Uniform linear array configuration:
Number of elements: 4
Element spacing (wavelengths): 0.25
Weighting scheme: kaiser
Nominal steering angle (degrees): -45
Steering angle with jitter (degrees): -44.03
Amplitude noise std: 0.05
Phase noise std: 0.05

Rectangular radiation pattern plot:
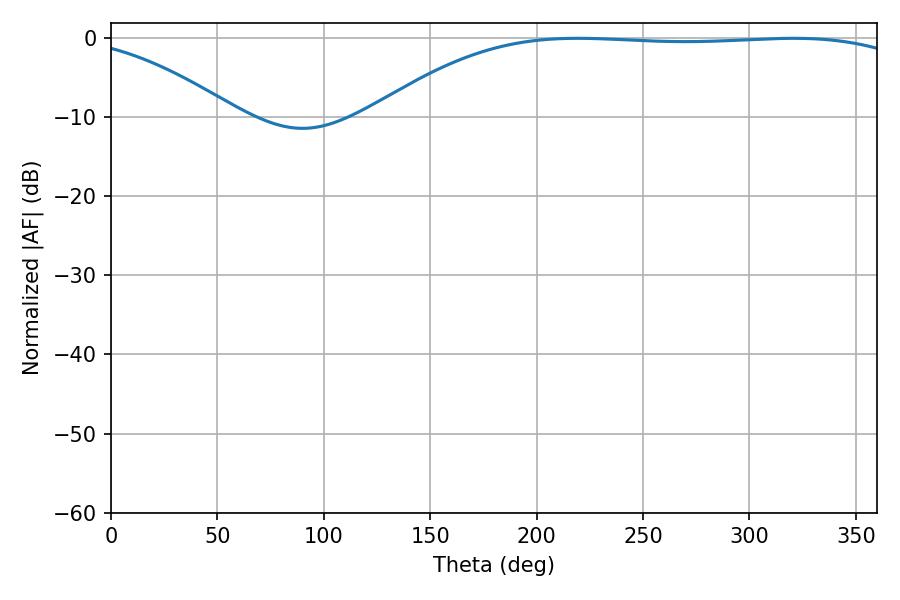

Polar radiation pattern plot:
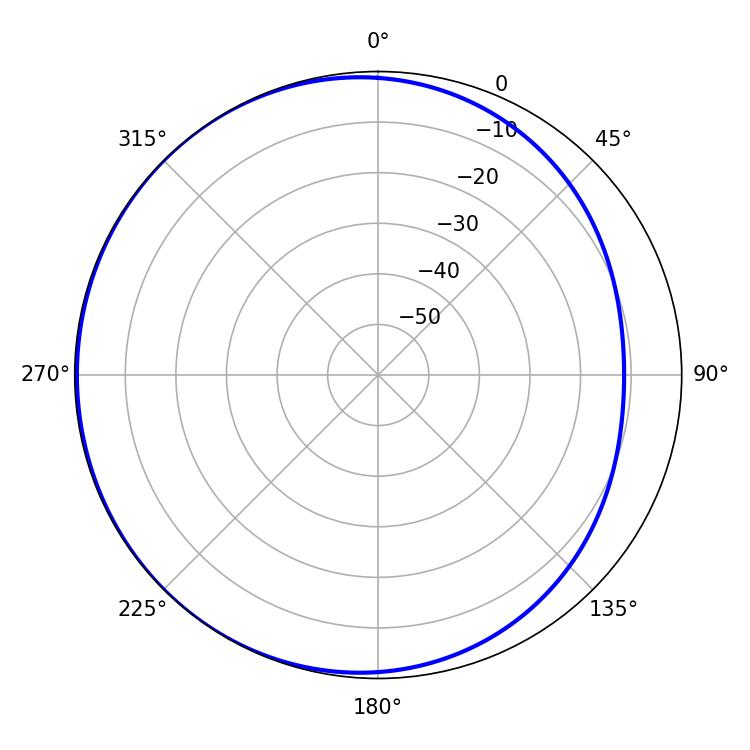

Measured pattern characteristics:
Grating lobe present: FALSE
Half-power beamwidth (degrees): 198.72
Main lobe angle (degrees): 219.24